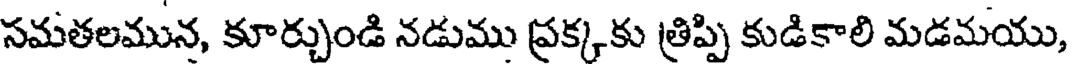
సమతలమున, కూర్చుండి నడుము ప్రక్కకు త్రిప్పి కుడికాలి మడమయు,